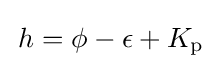
\,h=\phi -\epsilon +K_{\mathrm {p} }